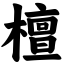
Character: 檀